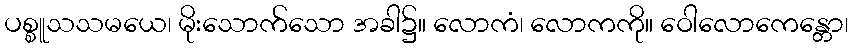
ပစ္စူသသမယေ၊ မိုးသောက်သော အခါ၌။ လောကံ၊ လောကကို။ ဝေါလောကေန္တော၊